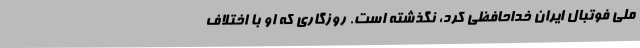
ملی فوتبال ایران خداحافظی کرد، نگذشته است. روزگاری که او با اختلاف